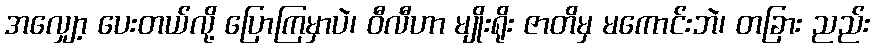
အလျှော့ ပေးတယ်လို့ ပြောကြမှာပဲ၊ ဝီလီဟာ မျိုးရိုး ဇာတိမှ မကောင်းဘဲ၊ တခြား ညည်း